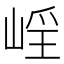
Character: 𡹑